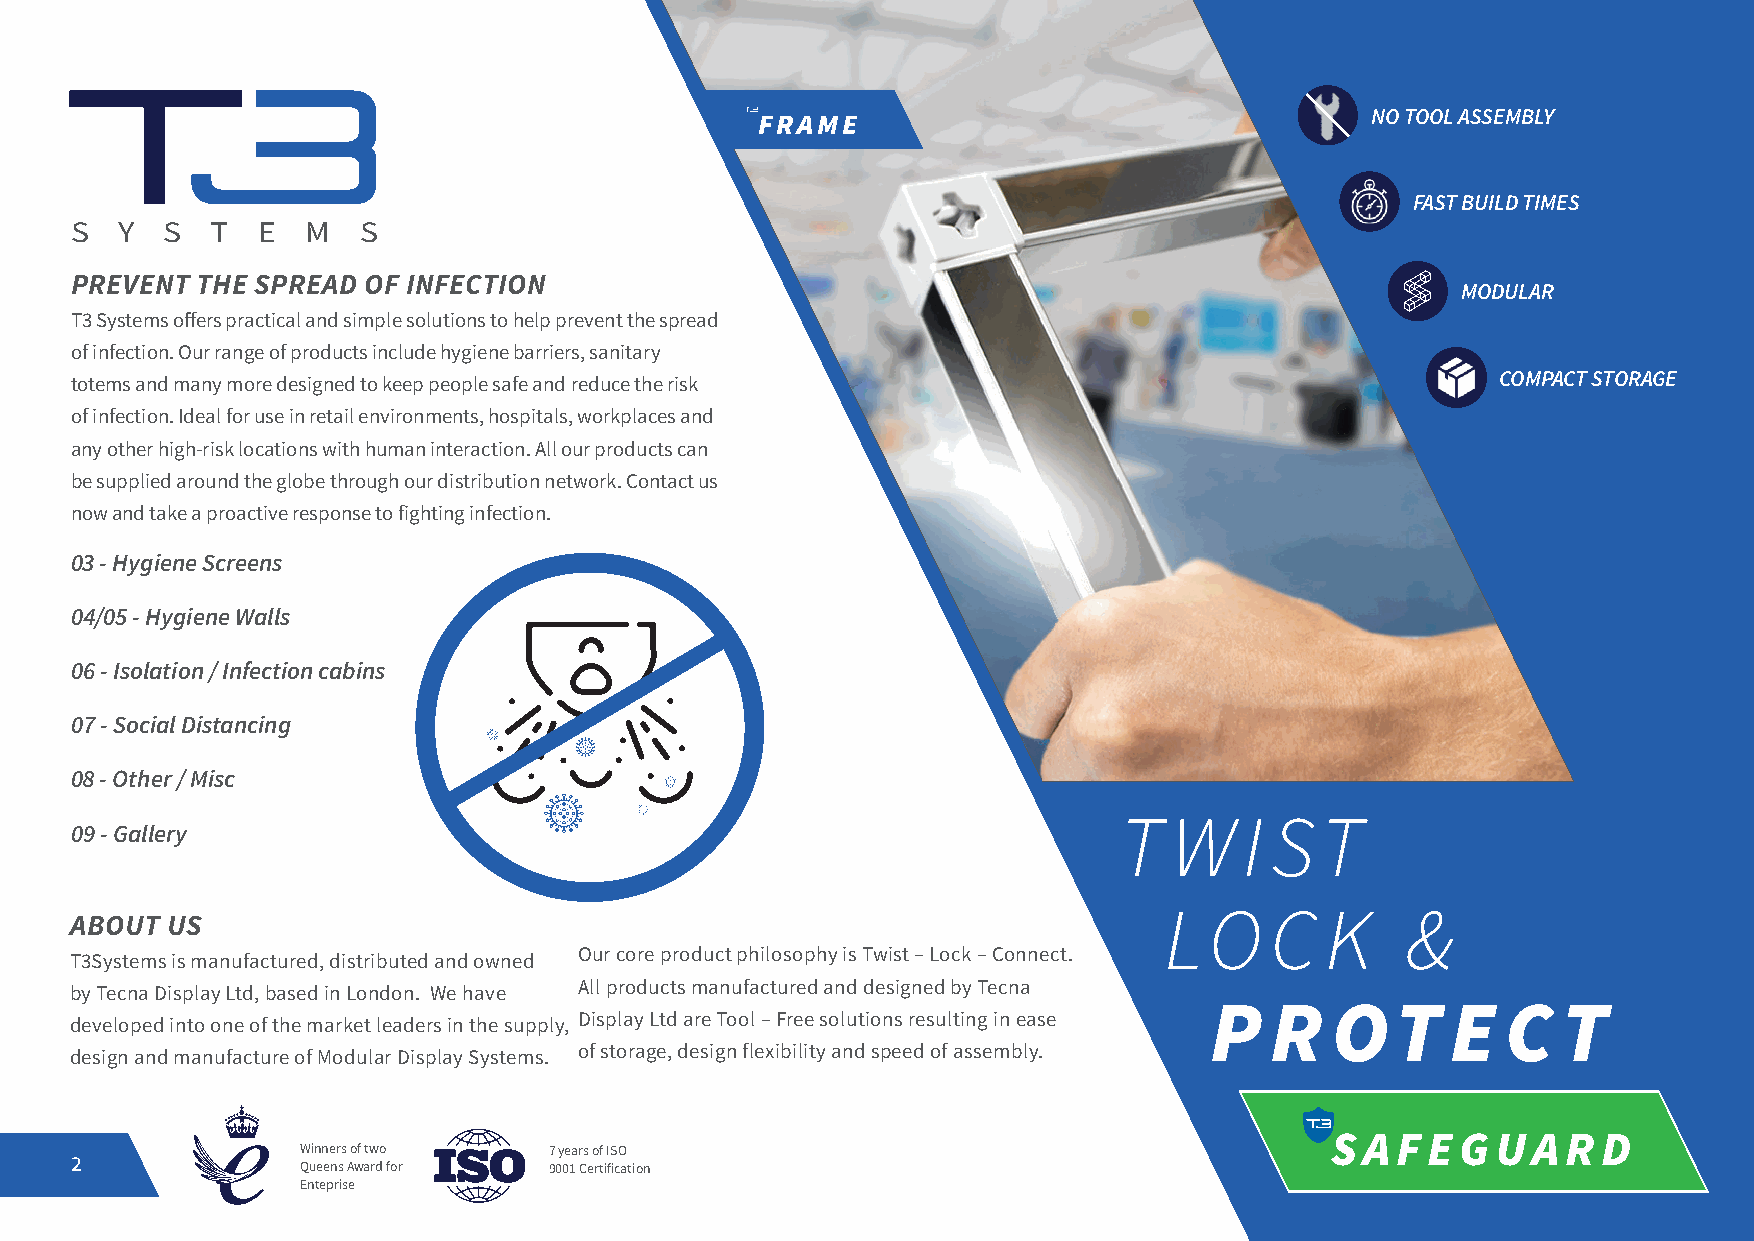
NO TOOL ASSEMBLY
 FRAME
 FAST BUILD TIMES
 S  Y  S  T  E  M   S
 PREVENT THE SPREAD OF INFECTION
 MODULAR
 T3 Systems offers practical and simple solutions to help prevent the spread
 of infection. Our range of products include hygiene barriers, sanitary
 totems and many more designed to keep people safe and reduce the risk                         COMPACT STORAGE
 of infection. Ideal for use in retail environments, hospitals, workplaces and
 any other high-risk locations with human interaction. All our products can
 be supplied around the globe through our distribution network. Contact us
 now and take a proactive response to fighting infection.
 03 - Hygiene Screens
 04/05 - Hygiene Walls
 06 - Isolation / Infection cabins
 07 - Social Distancing
 08 - Other / Misc
 T   W   I ST
 09 - Gallery
 ABOUT US
 LO     C   K    &
 Our core product philosophy is Twist – Lock – Connect.
 T3Systems is manufactured, distributed and owned
 All products manufactured and designed by Tecna
 by Tecna Display Ltd, based in London. We have
 P   R   OT      E   C  T
 Display Ltd are Tool – Free solutions resulting in ease
 developed into one of the market leaders in the supply,
 of storage, design flexibility and speed of assembly.
 design and manufacture of Modular Display Systems.
 SAFEGUARD
 Winners of two  7 years of ISO
 2              Queens Award for 9001 Certification
 Enteprise